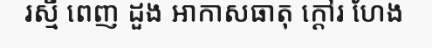
រស្មី ពេញ ដួង អាកាសធាតុ ក្តៅរ ហែង